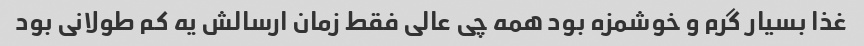
غذا بسیار گرم و خوشمزه بود همه چی عالی فقط زمان ارسالش یه کم طولانی بود